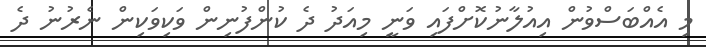
މި އެއްބަސްވުން އިއުލާނުކޮށްފައި ވަނީ މިއަދު ދެ ކުންފުނިން ވަކިވަކިން ނެރުނު ދެ